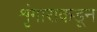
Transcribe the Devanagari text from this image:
शृंगाराकडून